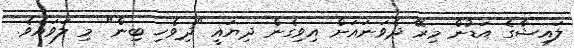
ލައިޝާގެ އަޑުން މިރޭ ދެވަނައަށް އިވިގެން ދިޔައީ "ދިވެހި ބިން" މި ލަވައެވެ.